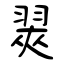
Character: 翜